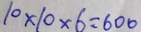
1 0 \times 1 0 \times 6 = 6 0 0